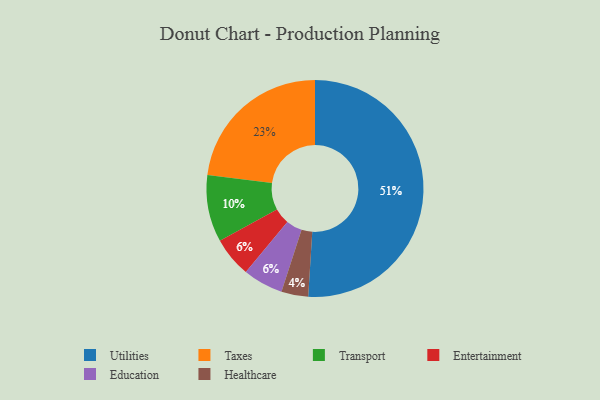
{"axis": {"x": "Category", "y": "Percentage"}, "legend": ["Education", "Entertainment", "Healthcare", "Taxes", "Transport", "Utilities"], "data": [{"x": "Entertainment", "y": 6, "type": "Entertainment"}, {"x": "Healthcare", "y": 4, "type": "Healthcare"}, {"x": "Education", "y": 6, "type": "Education"}, {"x": "Transport", "y": 10, "type": "Transport"}, {"x": "Utilities", "y": 51, "type": "Utilities"}, {"x": "Taxes", "y": 23, "type": "Taxes"}]}